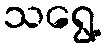
သရွေ့